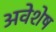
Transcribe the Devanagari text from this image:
अवेशेष